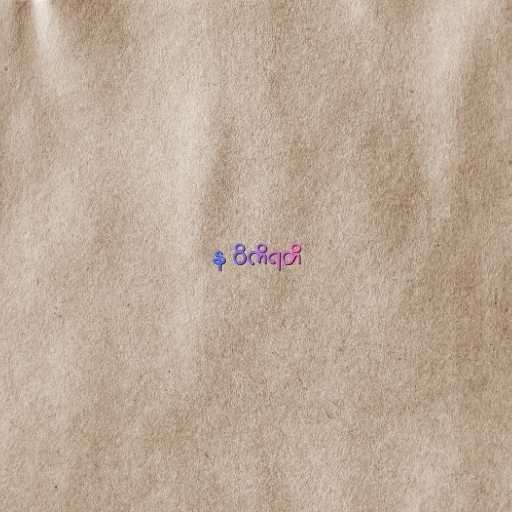
န ဝိကိရတိ